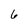
Character: 6